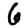
Digit: 6